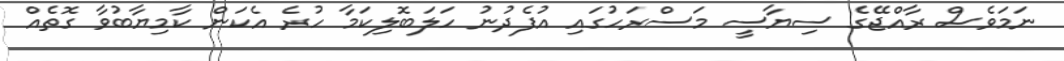
ނަމަވެސް ރާއްޖޭގެ ސިޔާސީ މަސްރަހުގައި އުފެދުނު ހަލަބޮލިކަމާ ހުރެ އެކަން ކާމިޔާބުވާ ގޮތެއް